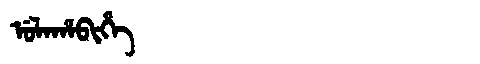
Manchu: ᡠᠯᠠᡥᠠᠪᡳᡥᡝ
Romanization: ULAHABIHE